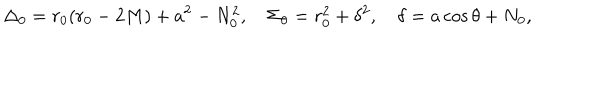
LaTeX: \Delta _ { 0 } = r _ { 0 } ( r _ { 0 } - 2 M ) + a ^ { 2 } - N _ { 0 } ^ { 2 } , \quad \Sigma _ { 0 } = r _ { 0 } ^ { 2 } + \delta ^ { 2 } , \quad \delta = a \cos \theta + N _ { 0 } ,